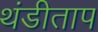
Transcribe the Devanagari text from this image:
थंडीताप